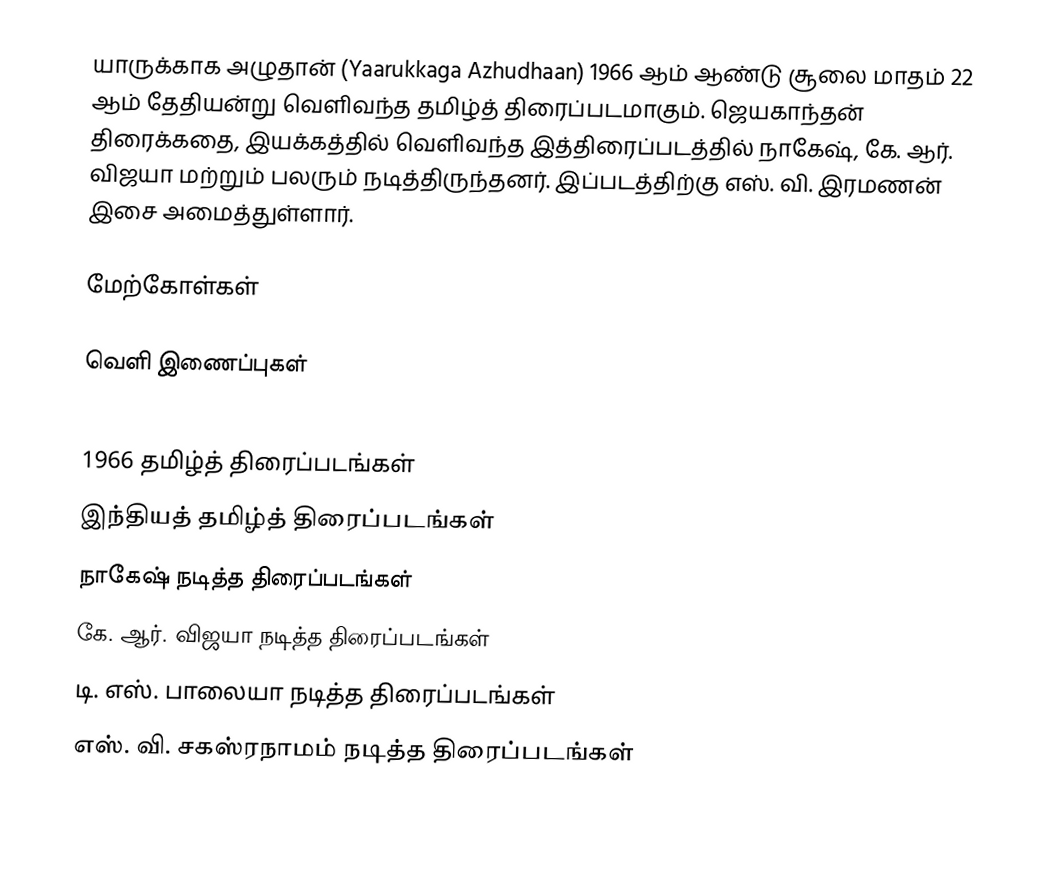
யாருக்காக அழுதான் (Yaarukkaga Azhudhaan) 1966 ஆம் ஆண்டு சூலை மாதம் 22 ஆம் தேதியன்று வெளிவந்த தமிழ்த் திரைப்படமாகும். ஜெயகாந்தன் திரைக்கதை, இயக்கத்தில் வெளிவந்த இத்திரைப்படத்தில் நாகேஷ், கே. ஆர். விஜயா மற்றும் பலரும் நடித்திருந்தனர். இப்படத்திற்கு எஸ். வி. இரமணன் இசை அமைத்துள்ளார்.

மேற்கோள்கள்

வெளி இணைப்புகள்

1966 தமிழ்த் திரைப்படங்கள்
இந்தியத் தமிழ்த் திரைப்படங்கள்
நாகேஷ் நடித்த திரைப்படங்கள்
கே. ஆர். விஜயா நடித்த திரைப்படங்கள்
டி. எஸ். பாலையா நடித்த திரைப்படங்கள்
எஸ். வி. சகஸ்ரநாமம் நடித்த திரைப்படங்கள்